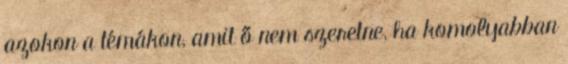
azokon a témákon, amit ő nem szeretne, ha komolyabban